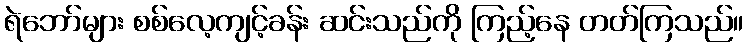
ရဲဘော်များ စစ်လေ့ကျင့်ခန်း ဆင်းသည်ကို ကြည့်နေ တတ်ကြသည်။